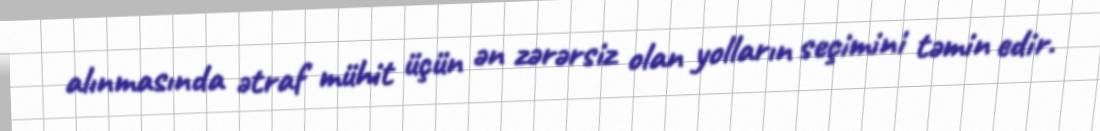
alınmasında ətraf mühit üçün ən zərərsiz olan yolların seçimini təmin edir.